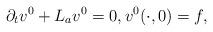
LaTeX: \begin{align*}\partial_tv^0+L_a v^0=0, v^0(\cdot,0)=f,\end{align*}